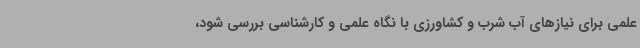
علمی برای نیازهای آب شرب و کشاورزی با نگاه علمی و کارشناسی بررسی شود،